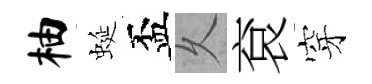
柚蜒盃乆袞穿